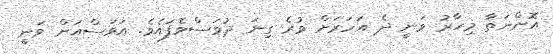
އޮންނަތާ މިހާރު ވަނީ ދެ އަހަރަށް ވުރެ ގިނަ ދުވަސްވެފައެވެ. އަވަސްއަށް ވަނީ